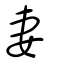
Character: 妻